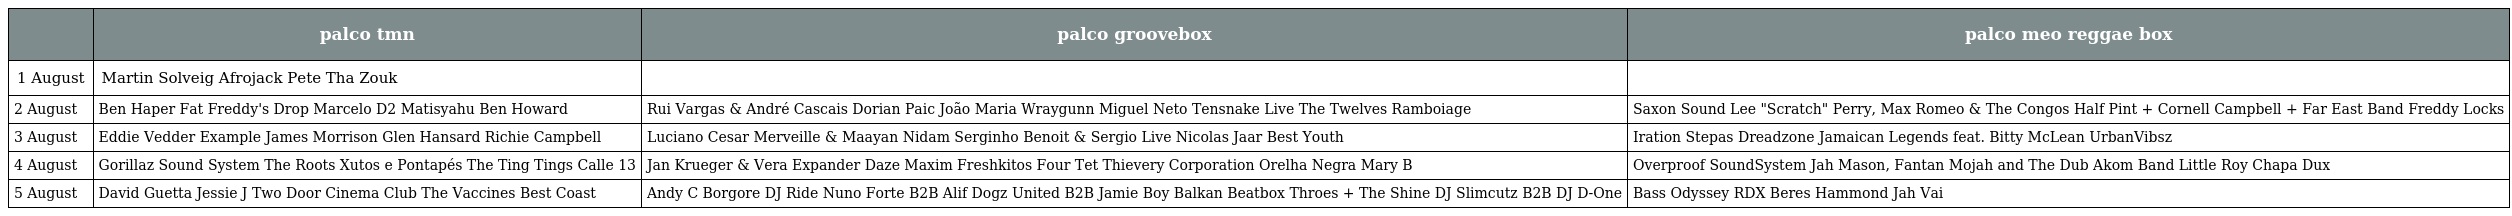
|  | palco tmn | palco groovebox | palco meo reggae box |
 | --- | --- | --- | --- |
 | 1 August | Martin Solveig Afrojack Pete Tha Zouk |  |  |
 | 2 August | Ben Haper Fat Freddy's Drop Marcelo D2 Matisyahu Ben Howard | Rui Vargas & André Cascais Dorian Paic João Maria Wraygunn Miguel Neto Tensnake Live The Twelves Ramboiage | Saxon Sound Lee "Scratch" Perry, Max Romeo & The Congos Half Pint + Cornell Campbell + Far East Band Freddy Locks |
 | 3 August | Eddie Vedder Example James Morrison Glen Hansard Richie Campbell | Luciano Cesar Merveille & Maayan Nidam Serginho Benoit & Sergio Live Nicolas Jaar Best Youth | Iration Stepas Dreadzone Jamaican Legends feat. Bitty McLean UrbanVibsz |
 | 4 August | Gorillaz Sound System The Roots Xutos e Pontapés The Ting Tings Calle 13 | Jan Krueger & Vera Expander Daze Maxim Freshkitos Four Tet Thievery Corporation Orelha Negra Mary B | Overproof SoundSystem Jah Mason, Fantan Mojah and The Dub Akom Band Little Roy Chapa Dux |
 | 5 August | David Guetta Jessie J Two Door Cinema Club The Vaccines Best Coast | Andy C Borgore DJ Ride Nuno Forte B2B Alif Dogz United B2B Jamie Boy Balkan Beatbox Throes + The Shine DJ Slimcutz B2B DJ D-One | Bass Odyssey RDX Beres Hammond Jah Vai |